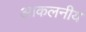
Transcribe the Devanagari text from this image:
आकलनीय